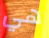
هي